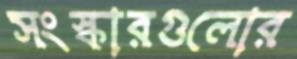
সংস্কারগুলোর